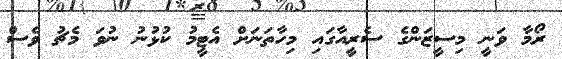
ރޯމާ ވަނީ މިސީޒަންގެ ސެރީއާގައި މިހާތަނަށް އެޓީމު ކުޅުނު ނުވަ މެޗު ވެސް